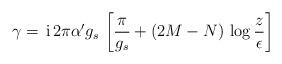
LaTeX: \begin{align*}\gamma = \,{\rm i}\,2\pi\alpha' g_s\,\left[\frac{\pi}{g_s} + (2M-N)\,\log \frac{z}{\epsilon}\right]\end{align*}